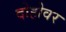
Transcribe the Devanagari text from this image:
दोहोवर